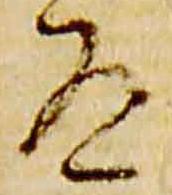
道